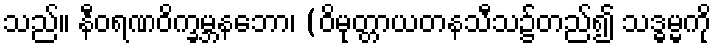
သည်။ နီဝရဏဝိက္ခမ္ဘနဘော၊ (ဝိမုတ္တာယတနသီသ၌တည်၍ သဒ္ဓမ္မကို